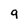
Character: 9